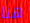
هنا